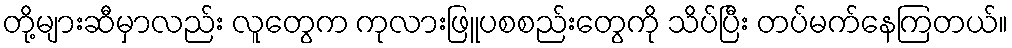
တို့များဆီမှာလည်း လူတွေက ကုလားဖြူပစစည်းတွေကို သိပ်ပြီး တပ်မက်နေကြတယ်။